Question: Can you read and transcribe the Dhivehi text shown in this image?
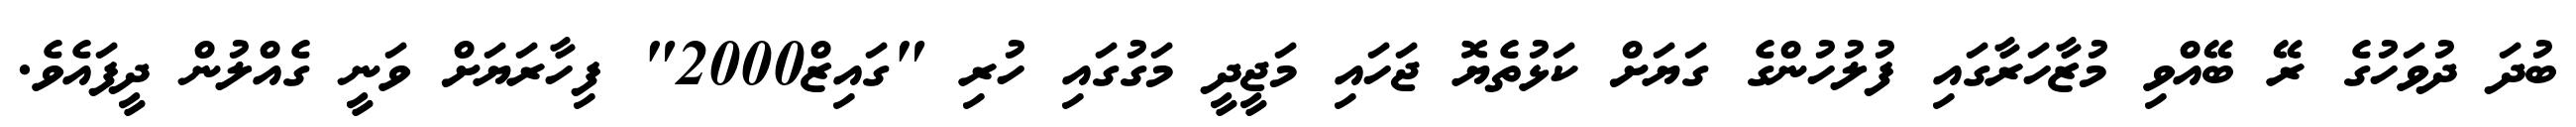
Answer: ބުދަ ދުވަހުގެ ރޭ ބޭއްވި މުޒާހަރާގައި ފުލުހުންގެ ގަޔަށް ކަޅުތެޔޮ ޖަހައި މަޖީދީ މަގުގައި ހުރި "ގައިޒް2000" ފިހާރަޔަށް ވަނީ ގެއްލުން ދީފައެވެ.